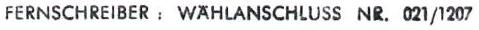
FERNSCHREIBER : WÄHLANSCHLUSS NR. 021/1207